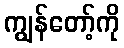
ကျွန်တော့်ကို